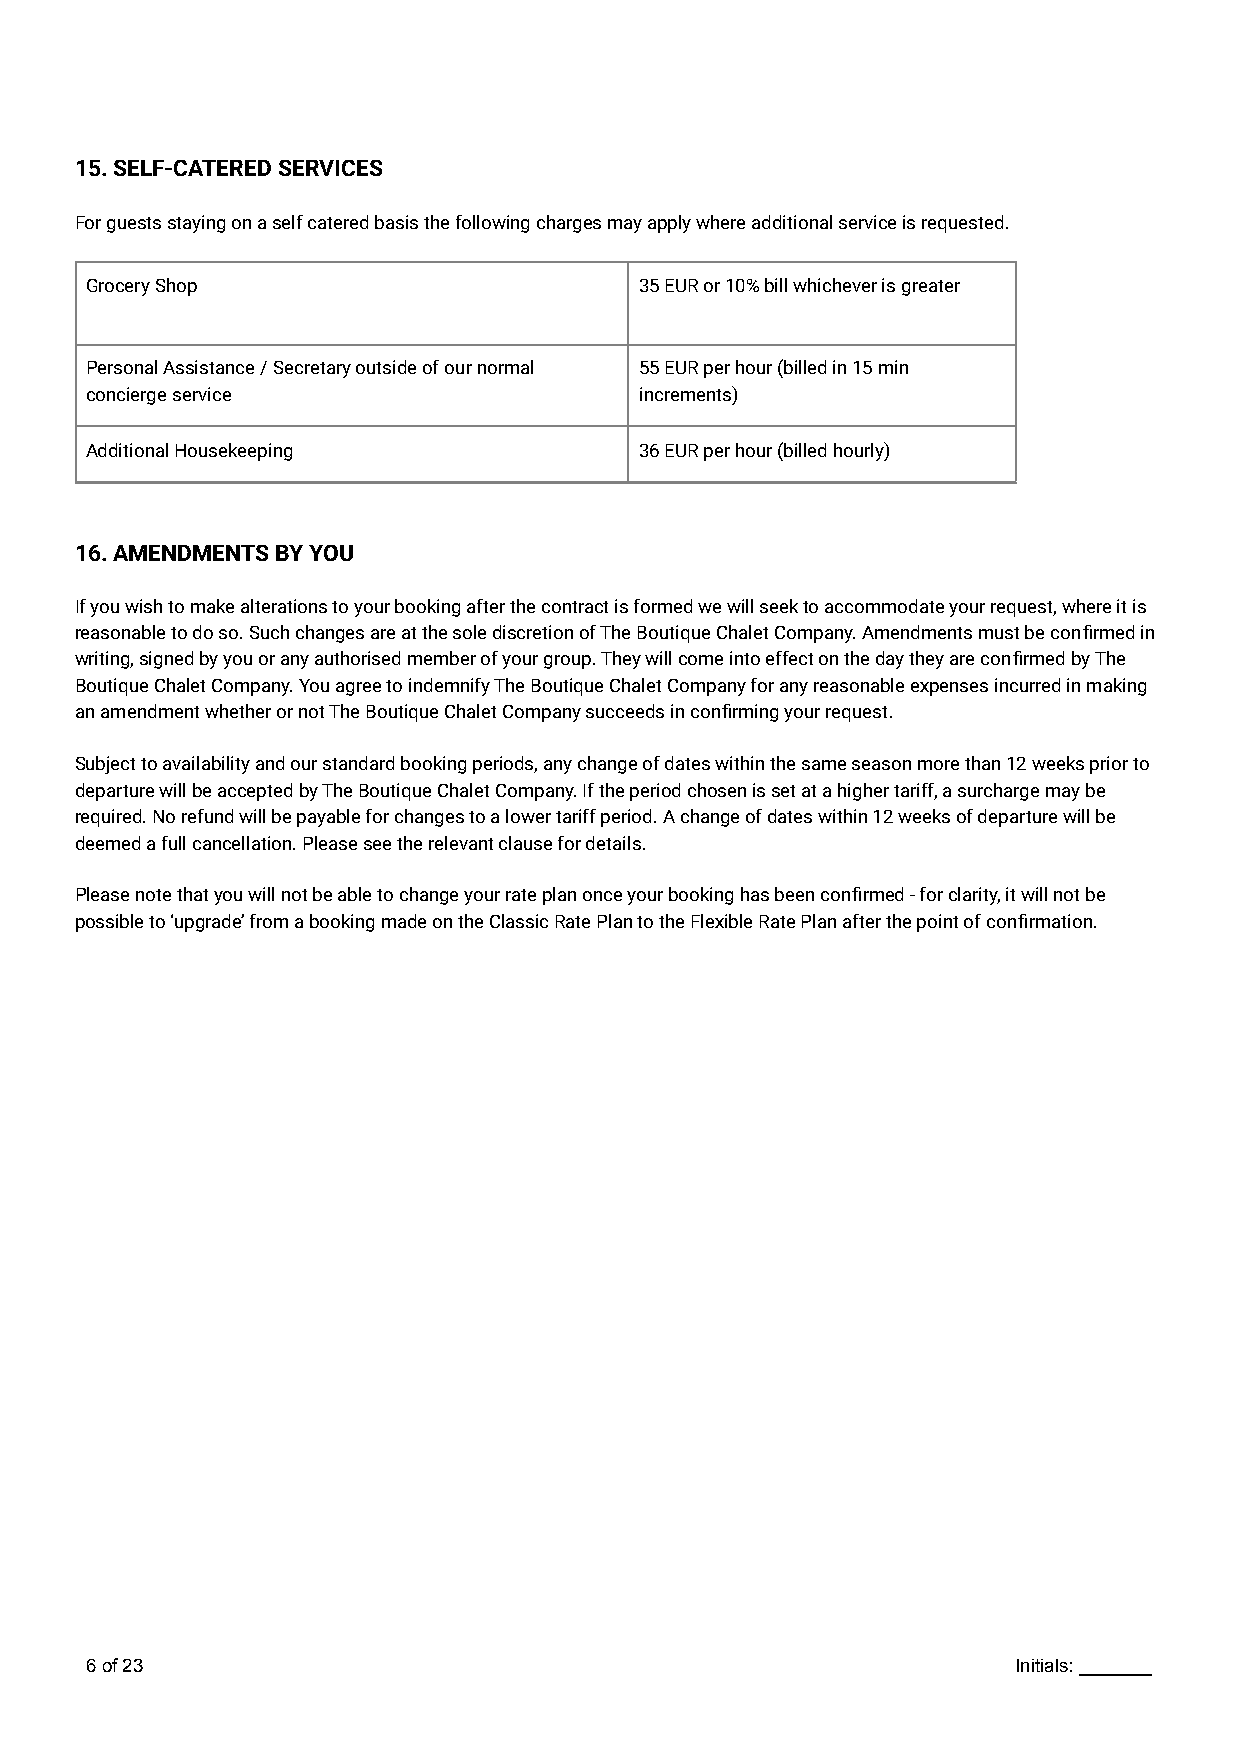
15.SELF-CATERED SERVICES
 For guests staying on a self catered basis the following charges may apply where additional service is requested.
 Grocery Shop                        35 EUR or 10% bill whichever is greater
 Personal Assistance / Secretary outside of our normal 55 EUR per hour (billed in 15 min
 concierge service                   increments)
 Additional Housekeeping             36 EUR per hour (billed hourly)
 16.AMENDMENTS BY YOU
 If you wish to make alterations to your booking after the contract is formed we will seek to accommodate your request, where it is
 reasonable to do so. Such changes are at the sole discretion of The Boutique Chalet Company. Amendments must be confirmed in
 writing, signed by you or any authorised member of your group. They will come into effect on the day they are confirmed by The
 Boutique Chalet Company. You agree to indemnify The Boutique Chalet Company for any reasonable expenses incurred in making
 an amendment whether or not The Boutique Chalet Company succeeds in confirming your request.
 Subject to availability and our standard booking periods, any change of dates within the same season more than 12 weeks prior to
 departure will be accepted by The Boutique Chalet Company. If the period chosen is set at a higher tariff, a surcharge may be
 required. No refund will be payable for changes to a lower tariff period. A change of dates within 12 weeks of departure will be
 deemed a full cancellation. Please see the relevant clause for details.
 Please note that you will not be able to change your rate plan once your booking has been confirmed - for clarity, it will not be
 possible to ‘upgrade’ from a booking made on the Classic Rate Plan to the Flexible Rate Plan after the point of confirmation.
 6of23                                                        Initials: _______